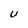
Character: U